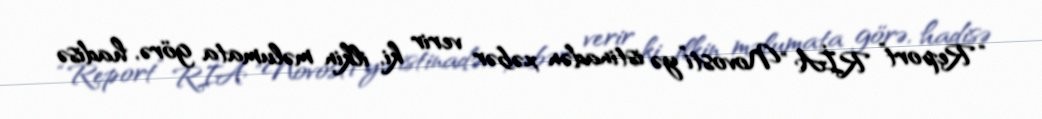
“Report” RİA "Novosti”yə istinadən xəbər verir ki, ilkin məlumata görə, hadisə